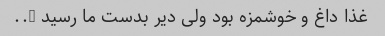
غذا داغ و‌ خوشمزه بود ولی دیر بدست ما رسید …..